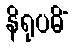
နိရုပဓိံ